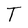
Character: T